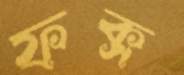
ফক্স